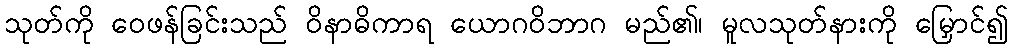
သုတ်ကို ဝေဖန်ခြင်းသည် ဝိနာဓိကာရ ယောဂဝိဘာဂ မည်၏၊ မူလသုတ်နားကို မြှောင်၍